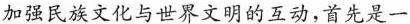
加强民族文化与世界文明的互动，首先是一